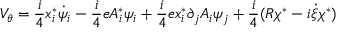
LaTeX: V _ { \theta } = \frac { i } { 4 } x _ { i } ^ { \ast } \dot { \psi } _ { i } - \frac { i } { 4 } e A _ { i } ^ { \ast } \psi _ { i } + \frac { i } { 4 } e x _ { i } ^ { \ast } \partial _ { j } A _ { i } \psi _ { j } + \frac { i } { 4 } ( R \chi ^ { \ast } - i \dot { \xi } \chi ^ { \ast } )